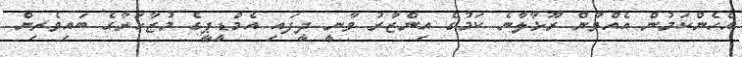
އެހެންކަމުން އެއްވުން ރޫޅާލާނެ ކަމުގެ އިންޒާރު ވާނީ ދީފައި އެމްޑީޕީގެ މުޒާހަރާގެ ބައިވެރިން